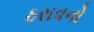
ઠરાવનો